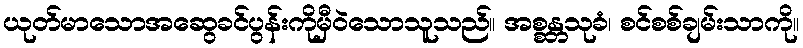
ယုတ်မာသောအဆွေခင်ပွန်းကိုမှီဝဲသောသူသည်။ အစ္စန္တသုခံ၊ စင်စစ်ချမ်းသာကို။